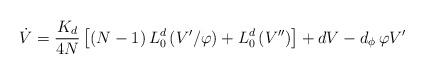
LaTeX: \begin{align*}\dot{V}=\frac{K_{d}}{4N}\left[ \left( N-1\right) L_{0}^{d}\left( V^{\prime}/\varphi \right) +L_{0}^{d}\left( V^{\prime \prime }\right) \right]+dV-d_{\phi }\,\varphi V^{\prime } \end{align*}